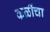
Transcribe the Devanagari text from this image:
कळींचा